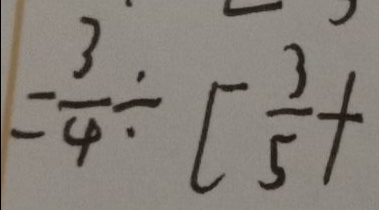
= \frac { 3 } { 4 } \div [ \frac { 3 } { 5 } +